Lunatic asylums Bombay report 1891-1903 - 1891-1903
Year: 1891
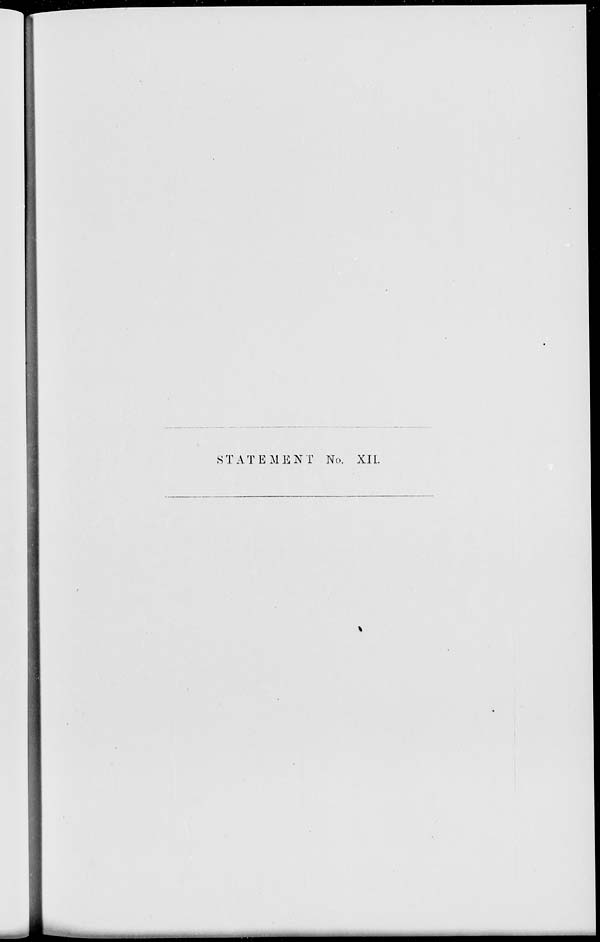
STATEMENT No. XII.